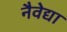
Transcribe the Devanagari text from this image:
नैवेद्या